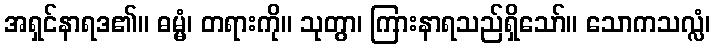
အရှင်နာရဒ၏။ ဓမ္မံ၊ တရားကို။ သုတွာ၊ ကြားနာရသည်ရှိသော်။ သောကသလ္လံ၊